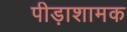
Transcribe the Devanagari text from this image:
पीड़ाशामक